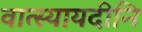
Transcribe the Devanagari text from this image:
वात्स्यायदीनि